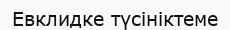
Евклидке түсініктеме